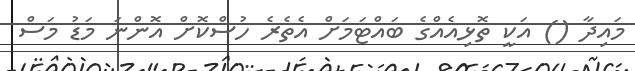
މައިދާ () އަކީ ތޮޅިއެއްގެ ބައްޓަމަށް އެތެރެ ހުސްކޮށް އޮންނަ މަޑު މަސް